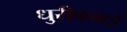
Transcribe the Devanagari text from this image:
धुरीबनाई